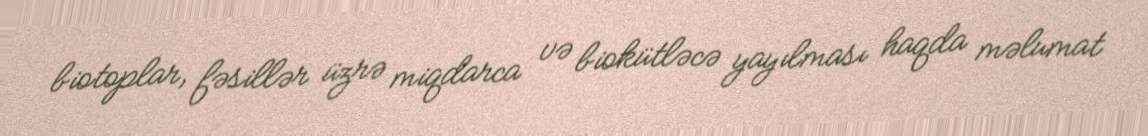
biotoplar, fəsillər üzrə miqdarca və biokütləcə yayılması haqda məlumat